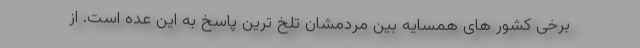
برخی کشور های همسایه بین مردمشان تلخ ترین پاسخ به این عده است. از